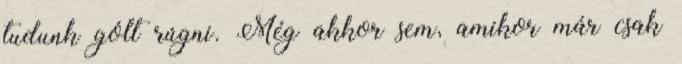
tudunk gólt rúgni. Még akkor sem, amikor már csak